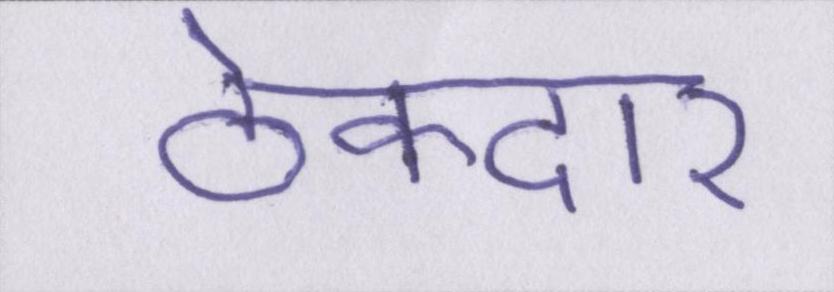
ठेकेदार